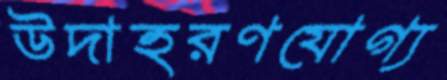
উদাহরণযোগ্য